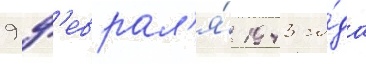
9 ф'еврал'я́ 1943 го́да